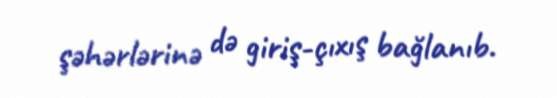
şəhərlərinə də giriş-çıxış bağlanıb.